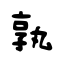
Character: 孰